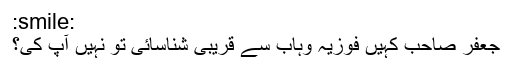
:smile:
جعفر صاحب کہیں فوزیہ وہاب سے قریبی شناسائی تو نہیں آپ کی؟